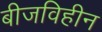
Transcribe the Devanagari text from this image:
बीजविहीन